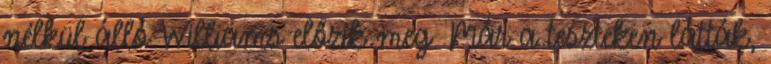
nélkül álló Williams előzik meg. Már a teszteken látták,